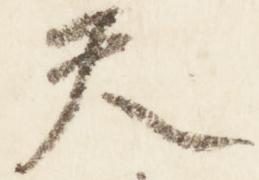
天